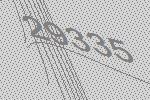
29335